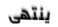
ينتهى